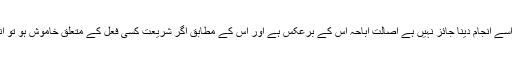
اصالت حظر یعنی جب تک کسی فعل کے کرنے پر جواز کی دلیل نہ پائی جائے اس وقت اسے انجام دینا جائز نہیں ہے اصالت اِباحہ اس کے برعکس ہے اور اس کے مطابق اگر شریعت کسی فعل کے متعلق خاموش ہو تو انسان اسے انجام دینے میں خود مختار ہے اور یہ مباح کے امور میں سے سمجھا جاتا ہے ۔